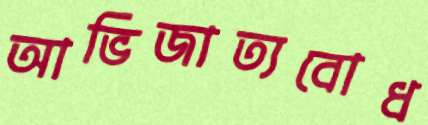
আভিজাত্যবোধ